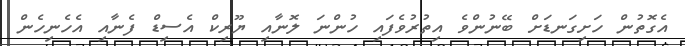
އެގޮތުން ހަށިގަނޑަށް ބޭނުންވެ އިތުރުވެފައި ހުންނަ ލޮނާއި ޔޫރިކް އެސިޑް ފެނާއި އެހެނިހެން